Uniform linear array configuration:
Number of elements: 32
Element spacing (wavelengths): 1
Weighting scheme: blackman
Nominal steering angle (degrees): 45
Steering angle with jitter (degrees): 43.579
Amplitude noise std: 0.05
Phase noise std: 0.05

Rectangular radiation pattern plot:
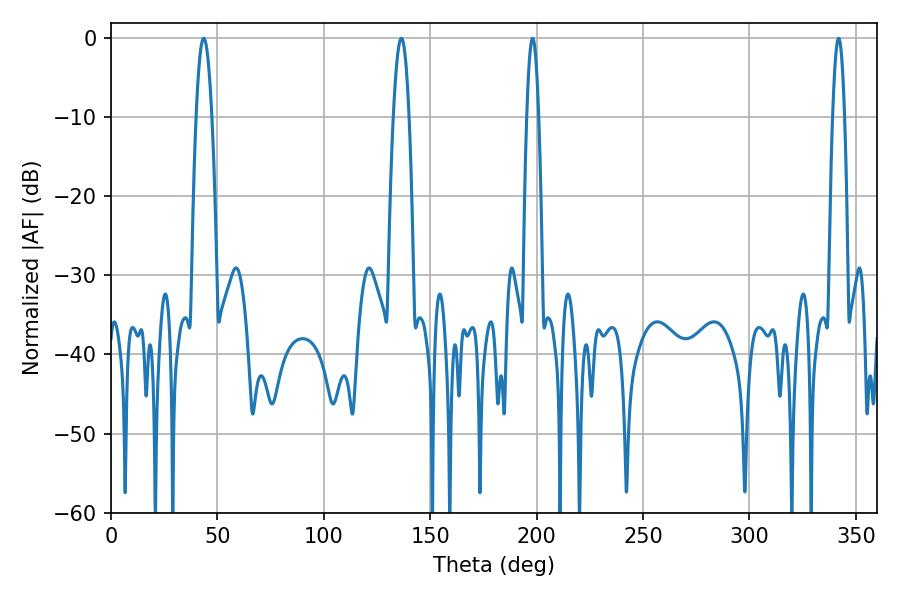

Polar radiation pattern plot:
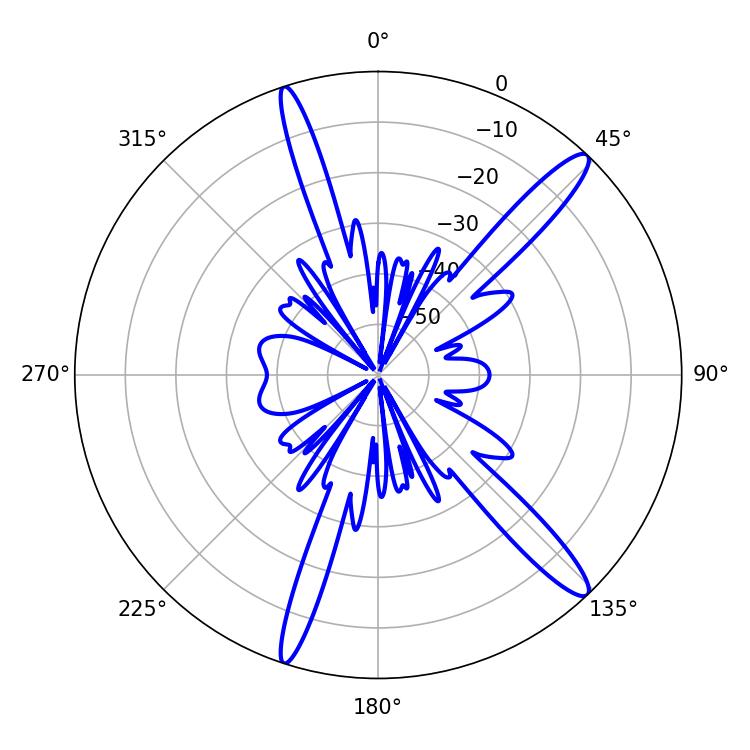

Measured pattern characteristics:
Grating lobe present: TRUE
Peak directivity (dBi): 14.575
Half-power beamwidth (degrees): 3.96
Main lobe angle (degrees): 43.56